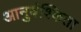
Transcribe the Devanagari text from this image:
आनुवंश्किता